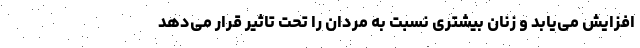
افزایش می‌یابد و زنان بیشتری نسبت به مردان را تحت تاثیر قرار می‌دهد